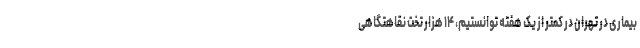
بیماری در تهران در کمتر از یک هفته توانستیم، ۱۴ هزار تخت نقاهتگاهی